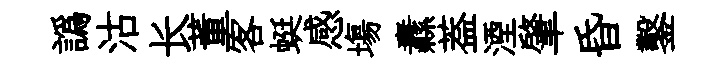
譌沽长董客蜓感塲纛葢湮肇昏鑿